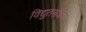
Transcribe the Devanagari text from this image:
विद्युतसंकेच